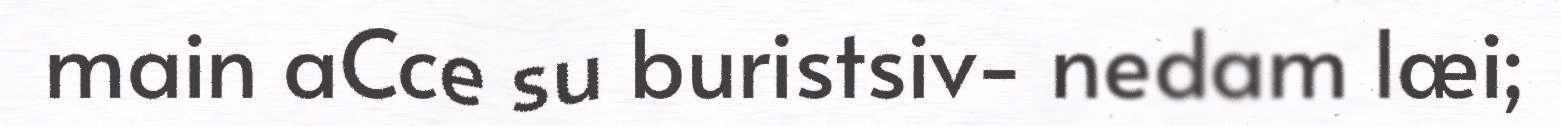
main aCce su buristsiv- nedam læi;